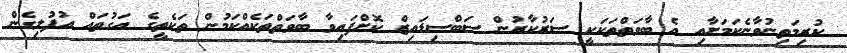
ކުރިމަތިނުވާނެކަމަށާއި އެ ބާވަތްތަކަކީ ސަރުކާރުން ސަބްސިޑައިޒް ކޮށްފައިވާ ބާވަތްތަކެއްކަމުން ތަކެތީގެ އަގުތައް އުފުލިގެން